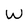
Character: w